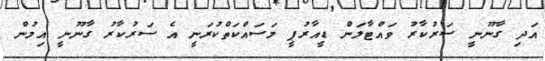
އަދި ގާނޫނީ ސަރުކާރު ވައްޓާލަން ޑީއާރުޕީ މަސައްކަތްކުރަނީ އެ ސަރުކާރު ގާނޫނީ އިމުން